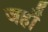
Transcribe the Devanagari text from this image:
जहॉँ